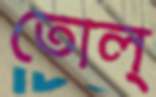
তোল্